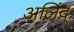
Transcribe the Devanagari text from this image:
अलिंद्